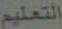
التعليم